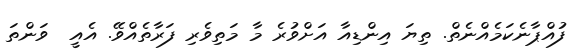
ފުއްޕާނެކަމެއްނެތް. ތިޔަ އިންޑިއާ އަށްވުރެ މާ މަތިވެރި ފަރާތެއްވޭ. އެއީ  ވަންތަ